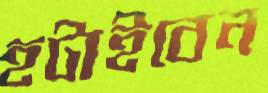
হটাইবেন